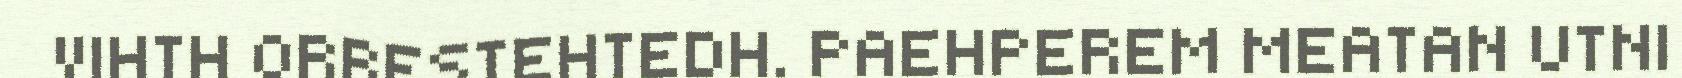
VIHTH ORRESTEHTEDH. PAEHPEREM MEATAN UTNI